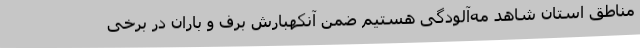
مناطق استان شاهد مه‌آلودگی هستیم ضمن آنکهبارش برف و باران در برخی